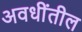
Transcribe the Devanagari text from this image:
अवधींतील